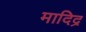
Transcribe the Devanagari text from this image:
मादिद्र